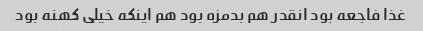
غذا فاجعه بود انقدر هم بدمزه بود هم اینکه خیلی کهنه بود